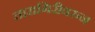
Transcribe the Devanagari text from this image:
तारागिरीवरुन